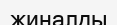
жиналды